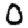
Digit: 0